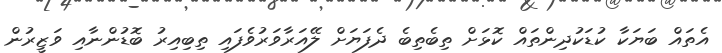
އެތައް ބަޔަކާ ކުޑަކުދިންތައް ކޮޅަށް ތިބެތިބެ ދެފަޔަށް ލޭއަރާވަރުވެފައި ތިބިއިރު ބޮޑުންނާއި ވަޒީރުން